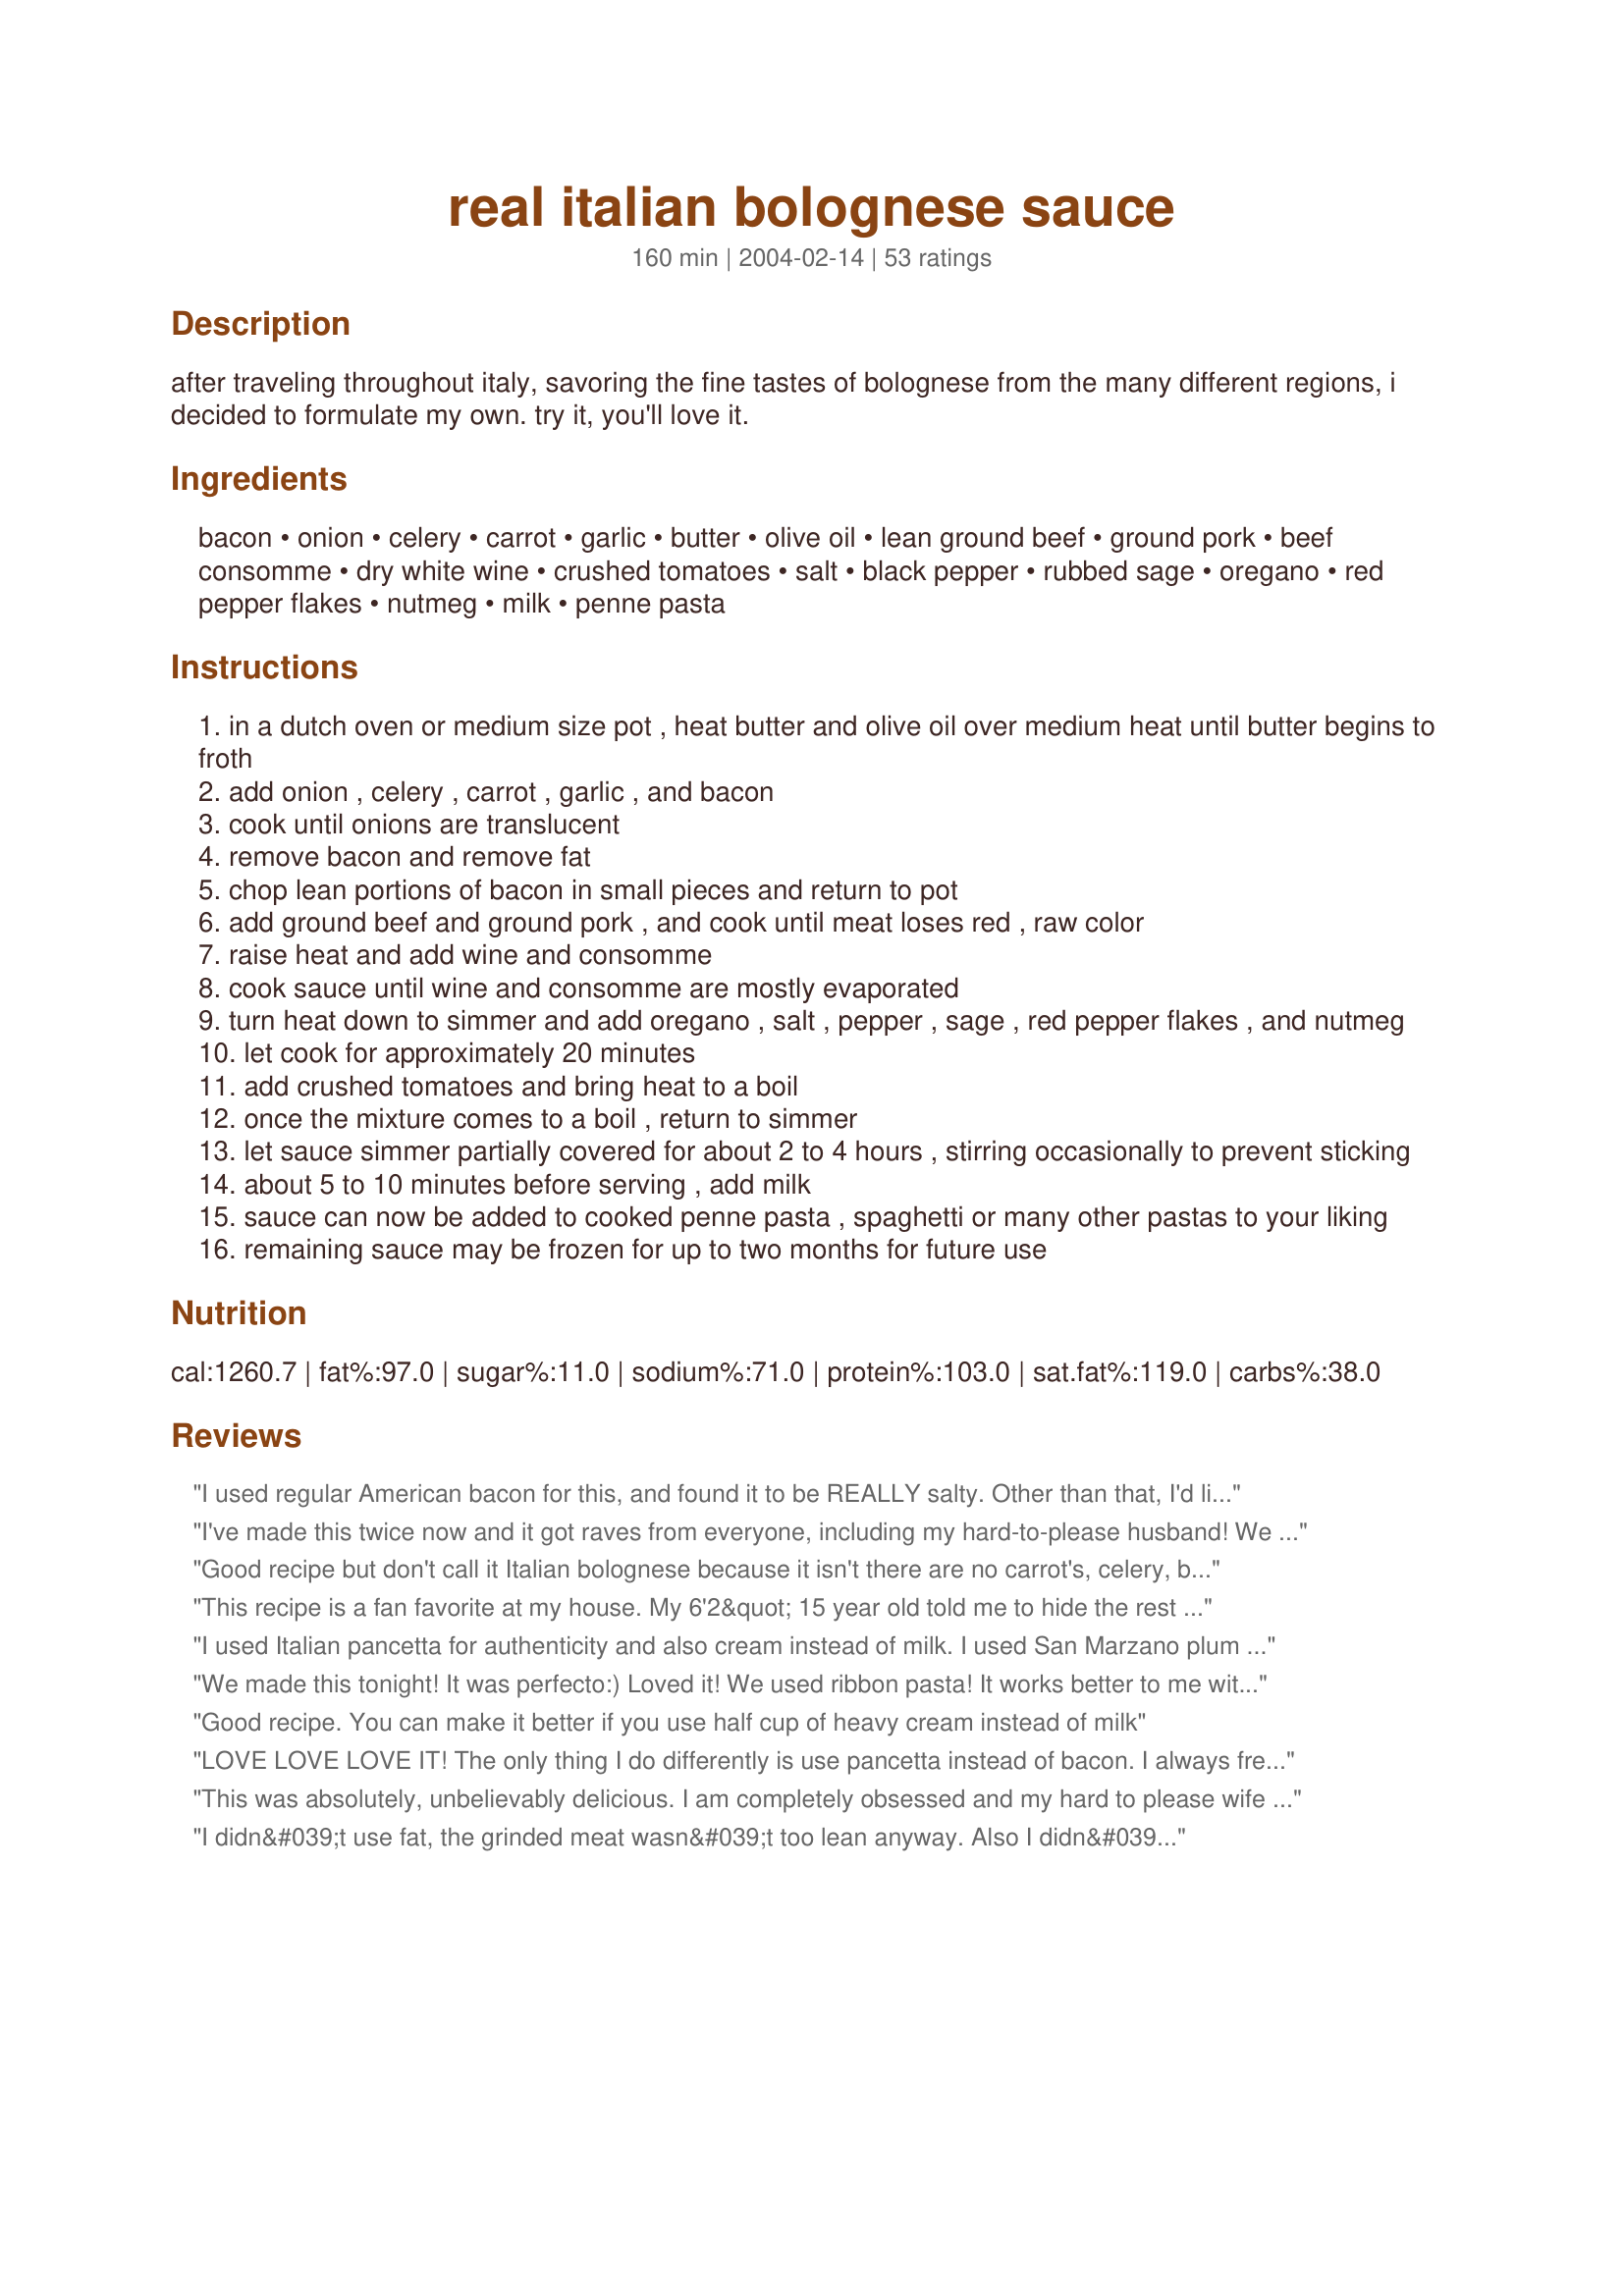
real italian bolognese sauce
Preparation time: 160 minutes

after traveling throughout italy, savoring the fine tastes of bolognese from the many different regions, i decided to formulate my own. try it, you'll love it.

Ingredients:
bacon, onion, celery, carrot, garlic, butter, olive oil, lean ground beef, ground pork, beef consomme, dry white wine, crushed tomatoes, salt, black pepper, rubbed sage, oregano, red pepper flakes, nutmeg, milk, penne pasta

Steps:
in a dutch oven or medium size pot , heat butter and olive oil over medium heat until butter begins to froth
add onion , celery , carrot , garlic , and bacon
cook until onions are translucent
remove bacon and remove fat
chop lean portions of bacon in small pieces and return to pot
add ground beef and ground pork , and cook until meat loses red , raw color
raise heat and add wine and consomme
cook sauce until wine and consomme are mostly evaporated
turn heat down to simmer and add oregano , salt , pepper , sage , red pepper flakes , and nutmeg
let cook for approximately 20 minutes
add crushed tomatoes and bring heat to a boil
once the mixture comes to a boil , return to simmer
let sauce simmer partially covered for about 2 to 4 hours , stirring occasionally to prevent sticking
about 5 to 10 minutes before serving , add milk
sauce can now be added to cooked penne pasta , spaghetti or many other pastas to your liking
remaining sauce may be frozen for up to two months for future use

Reviews:
I used regular American bacon for this, and found it to be REALLY salty. Other than that, I'd like to try radiatori for the pasta- I think it would hold the sauce better than the penne did. The flavors were good, and well developed, just a little salty from the the bacon.
I've made this twice now and it got raves from everyone, including my hard-to-please husband! We did make a couple changes -- we didn't add milk either time, and the 2nd time, I used a little more meat than the recipe amount, and I added a small can of tomato paste. We just loved it ...
Good recipe but don't call it Italian bolognese because it isn't there are no carrot's, celery, butter, wine, sage, pork, or milk and nutmeg. Real italian bolognese is simple olive oil, onion, garlic, tomato's, and mince. None of this extra garbage to ruin the taste.
This recipe is a fan favorite at my house. My 6'2&quot; 15 year old told me to hide the rest because he always eats too much. I have made it with pancetta and bacon and I agree with other reviewers that pancetta is better but the bacon is still extremely good, but I do it separately because the excess bacon fat is too much for me. Don't leave out the milk friends...you will never know it is there and it completes this recipe!!! YUM.
I used Italian pancetta for authenticity and also cream instead of milk. I used San Marzano plum tomatoes as they r flavorful:) I also threw in fresh oregano &amp; basil near the end. Great recipe!
We made this tonight! It was perfecto:) Loved it! We used ribbon pasta! It works better to me with the sauce consistency. This will be my *bolognese" from now on! *****
Good recipe. You can make it better if you use half cup of heavy cream instead of milk
LOVE LOVE LOVE IT! The only thing I do differently is use pancetta instead of bacon. I always freeze half because we can't eat it all for one dinner. I made lasagna with the thawed bolognese and it was the best lasagna I've ever had. Thank you for sharing this recipe.
This was absolutely, unbelievably delicious. I am completely obsessed and my hard to please wife with family from Italy told me she couldn't believe how amazing it was. I followed the recipe exact except no milk no sage. Thank you SO MUCH! Will be making this as my new dish to show off to friends and family!
I didn&#039;t use fat, the grinded meat wasn&#039;t too lean anyway. Also I didn&#039;t use beef consomme. It tastes great anyway, very close to what I ate in a restaurant but not better or worse, just a little bit different.
I am sorry, but I am 100 times more authentic than this recipe!
&quot;real&quot; bolognese has chicken livers ...
excellent Bolognaise sauce
I have made this twice in the last three weeks. I could not bring myself to put sage and nutmeg in sauce, but did everything else exactly as the recipe directed. It is the best bolognese I have ever made and will never go back to my old recipe.
This has a very nice flavor profile. I didn&#039;t have sage so I substituted marjoram plus I used mild pork sausage. Other than that I stayed true. I will cut out fat next time (which is why only four stars) but I would highly recommend this. Nice job!
This recipe is definitely the best bolognese sauce recipe that i’ve ever cooked. I added mushrooms, 1 extra onion, extra garlic and italian sausage.
This was amazing! This is going to be my meat sauce recipe forever. I think the sage gave it such an interesting twist, and I would've never thought to add milk. I usually add red wine to my sauce, but the white worked really well with this. Will try red wine next time just to see what the difference would be. The only change I made was to cut the red pepper flakes amt in half because my kids don't do spicy, but it still had an underlying spice that seemed perfect. Can't wait to have leftovers!!
My kids are fussy eaters....and OMG they both finished this pasta and even suggested me to open a restaurant.......this recipe is so awesomeeeee
This is not authentic in the loosest sense of term. I am from Arba in Friuli Italy and this is not even close to the bolognese sauce that you buy from store. dissapointing.
This recipe led to one of the better Bolognese sauces that I have ever had.

I occasionally have to work long hours overnight in my home office so I was looking for a recipe that would take a few hours to make to help pass some of the time. I followed this recipe as closely as possible (I eyeballed most of the herbs, spices, and wet ingredients) and let it simmer for around 3 hours. It was absolutely delicious and I would say that it could rival any Italian grandmother&#039;s recipe.

Next time I make this I will add just a touch more salt though. All in all, this was a fantastic recipe.
Didn't have sage or bacon on hand, but still kicked @$$! 4 hrs on low heat, another hour in the oven with my herb bread. All my kids loved it tonight, can't wait for leftovers tomorrow!
Thanks Classic Chef!
This is probably the best bolognese sauce recipe I have ever made. Love the recipe! Taste great, will definitely make it over and over again!
Only thing I altered was that I added in a heap of mushrooms (a mushroom lover) and instead of using the ground pork, I substituted it with a little extra bacon and it turned out great!

Thanks a lot!

From

Sang (Melbourne, Australia)
I have made this recipe 4 times now. Excellent hearty sauce. I do tweak it a tiny bit. I use mild italian sausage, instead of ground pork (keeping the oregano and sage as ingredients); and I add two bay leaves. I also add just a sprinkle of sugar to cut down on the acidity of the tomatoes. That is a southern thing! I have used both red and white wines, either is just as good. I choose not to add the milk. I like the red coloring. Overall, the most delicious bolognese recipe I have ever used.
Really was looking forward to this since I had a delightful bolognese about 30 years ago ...and none since! I followed the directions exactly, but the end product was very salty. If I make this again, I will omit salt until the end. Should I go as far as low sodium consomm&eacute;? Also, I would definitely do pancetta, as trying to separate the lean from the fat on the bacon was a little too labor intensive for me.
This is a very flavorful dish. I went into this using low salt everything except the beef base and it was still very salty.
didnt use bacon or minced pork,used 1 tbls of margand+left out salt(my 2 yr old eats what i eat) whacked aubergene and courgette in it aswell as carrot and celery
IT WAS FAB
will defo try full recipe just for me and the wife!
would never have put milk and nutmeg in a spag bol,genius!
This is an incredible recipe. The flavors are so complex and it's such a hearty and tasty sauce. This is my now go to Bolognese recipe. The only change I made was instead of adding the salt, I added the rind of some left over Parmigiano-Reggiano and let it simmer with the sauce, then removed before serving. (I got this idea from Rachel Ray, and it adds a wonderful flavor to any pasta sauce). Thank you for sharing such a wonderful recipe. My family and I thank you.
Where area the chicken livers in this recipe?
Okay, so I really altered this a bit but...it received rave reviews so I will save it print it and use it again and again! I used the first 6 ingredients and for the meat I used my leftover Ravioli meat #27951, it was well seasoned. I added 1 beef bouillon cube, 1c red wine instead of white,plain tomato pieces and used the nutmeg..my milk product was the mixed in cheese from the ravioli filling...What can I say, it sure was all mixed up delicious!!
Loved loved loved this! There is nothing quite like a hearty bolognese sauce :) I stumbled upon a slight problem with mine - I am considering adding more beef consomme next time... or perhaps extra milk. It turned out slightly too thick and dry for our liking. But the flavor is devine. Mmmm.
I have been making this recipe since I found it 5 years ago. I just realized I&#039;ve never given it a review which is quite the crime as it is my families and friends favorite dish. THIS is the BEST bolognese you will ever try! Hands down! I make the recipe exactly as instructed but with one change. I use ground sausage instead of ground pork. This first happened on accident (sending husband to the market) I went with it, and it was delicious. It is fabulous both ways but with the sausage it adds that extra kick. Oh and instead of using American bacon I use Pancetta chopped up. It&#039;s not as fatty and gives it a lovely authentic Italian flavor. A lot of reviews recommended using more tomatoes.. I would suggest just trying it like this. Bolognese is actually a meat sauce not a red sauce. The tomato infused beef is what us Americans have made the dish into, which is also good, but not this dish....which is excellent. If you want tomato sauce have meat ball marinara. If you want REAL bolognese try this dish. Thank you Chef for sharing!
I have been making this sauce for about 2 years. It is by far the best i have ever found. I double the onions and carrots and agree pancetta is better than the bacon but the bacon is great as well and you should cook the bacon first. take it out and just leave a little of the fat to mix with butter and olive oil and then chop up the bacon and put it back in. Cream is good but i like it both ways. Double the recipe so you have some for the whole week. My teenage kids love it and they don't love a lot...eccezionale!
This deserves 10 stars! I can honestly say this is the best pasta sauce I have ever made! Only one small change - I added a tbsp of tomato paste as suggested by another reviewer. Served over spaghetti squash! Made for PAC Spring '12.
What an awesome and easy recipe! I forgot to add the garlic, but I don't think I missed it. I also used a "meatloaf" mix of ground beef, pork and veal. The one step I messed up was the bacon. I had cut the bacon before I put it in with the onion mix and then had to fish out the fatty pieces, oops! Nonetheless, it was an awesome recipe with outstanding flavor. I will certainly be making this again!!! Thanks for sharing!
My summer ambition has been to stop using so many premade items, and start learning to make sauces from scratch. This recipe made a solid bolognese sauce! I made a couple changes, like blending all the ingredients after the meat cooks through and the consumme evaporates. Made for a lovely consitency. Also added a can of cream of chicken to cut out some of the acidity of the tomatoes. I prefer a less robust taste, and this takes it some. :)
This is a great basic recipe. I tweaked it a bit to suit my tastes, but this is my new go-to Bolognese from now on. Bravo.
I doubled the garlic and added some chopped kalamata olives, but that&#039;s it.
This recipe was the BEST. Easy to due an flavor was amazing. Keeper
I always use this recipe to make bolognese sauce and its always delicious!
I searched across the far reaches of the internet for a bolognese recipe to dedicate my time to. If you want the best results, I think that half of the work comes before you even start to measure out your first ingredient. My research was well-founded. This recipe is fantastic! I have made it many times, and have tried many variations.
Thanks Chef for your endorsement that garlic belongs in Bolognese. I've been mortified to read in the British press recently that Antonio Carluccio dismisses all Bolognese recipes containing garlic and herbs as inauthentic and invented for the UK market! That said, this recipe is pretty close to the one I've evolved over many years. An ex-boyfriend's Italian mother from the North of Italy used chopped Italian sausage along with the ground beef, this added some chilli heat and also a hint of fennel to the sauce so I was intrigued see chilli flakes featuring here too. I too use nutmeg but for nostalgia! I sometimes substitute freshly ground fennel seeds. I also find cooking slowly in the oven gives the sauce a dark mahogany colour and a richness that cooking on the hob sometimes misses. It's the Maillard reaction I believe!
Really, really delicious recipe, even my fussy 3 year old gobbled it up. I used a beef bone broth in place of the consomme as it was what I had on hand. This recipe takes longer to prepare than the one I usually use but it&#039;s definitely worth the time.
Loved this sauce. Easy to do but gives so much flavor. Will have to make this one often.
Add a tsp of cinnamon. I was letting it simmer and thought it was just not interesting enough. Adding a few more pepper flakes (I like hot) but then also added the cinnamon. You won't &quot;taste&quot; it with your mouth but instead with your nose as you consume. Enjoy!
I made this recipe tonight exactly as written using bacon. It was really good. The only thing that I will change the next time is to use pancetta. If you use bacon use a really good cut and cut the salt in half. I let it cook for 3 hours and it was delicious. This is a keeper!
I enjoyed making this sauce and eating it!! Was affraid that the oregano would be too much but found it just right. I did use more red pepper flakes then you stated in the recipe, probably double. Halve of the sauce I have put in the freezer for a day that I don't want or can do much cooking.
I served it this time with spaghetti.
Thanks!!
This was so lovely! Had my mother in law to visit and went for this Bolognese Sauce!! Well we all thought that it was the BEST Bolognese we ever had!! Thank you for this great recipe!
I made this last night for some guests that came by...holy Pete it was AWESOME! ...Lets see...changes I made...well, I had leftover portabellos..they went in...used Venison instead of beef....no sage (didn't feel like digging to find it in my cabinet!)....other than that, I followed the directions to the T! I will definately make this many more times! Thank you for sharing CC! LA :-)
Total solid keeper recipe that tripled well. Used the triple batch for a ginormous lasagne - all of which was completely consumed. Thanks for the keeper recipe!
This is an excellent bolognese sauce. I agree with another comment here where they recommended using pancetta instead of bacon. It definitely adds authenticity to the sauce. Do not omit the nutmeg. It adds a subtle, wonderful flavour. I used 1/2 ground beef and 1/2 ground pork (personal preference). I also cut the milk down to 2/3 cup. An excellent recipe that I will make again, and definitely recommend.
Easy and excellent.
I got dumped before finishing, sorry you guys missed out on the best receipt directly from Bologna you will ever read. I'll come back another time. When you see &quot;mikimoto&quot; it'll be me.
Delicious recipe! The bacon didn't quite work the way it was described -- the fat didn't cook off with the vegetables, so I fried the bacon separately, chopped it, and added it back in. I also added half a can of tomato paste to make it just a little more tomato-y. Quite smoky-tasting -- will try pancetta next time -- but once I added the homemade fettucine and grated parmesan, this was heavenly!
Excellent authentic bolognese, real meat sauce not the watered down marinara like sauce we have turned it into. Turns out perfect everytime. The only thing I change is I use sausage meat along with pork, and veal when making it. As well as substituting pancetta instead of bacon.
